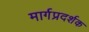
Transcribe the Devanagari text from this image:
मार्गप्रदर्शक